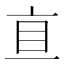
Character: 𰥐